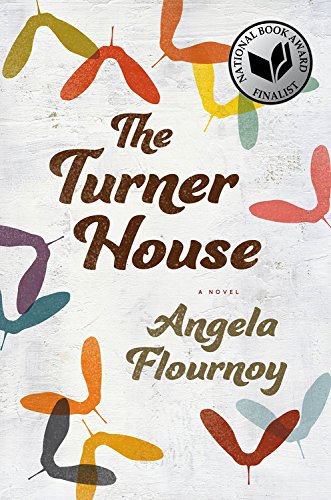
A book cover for The Turner House; Angela Flournoy; Literature & Fiction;